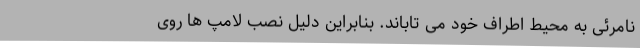
نامرئی به محیط اطراف خود می تاباند. بنابراین دلیل نصب لامپ ها روی